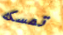
تمسكه